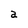
Character: a